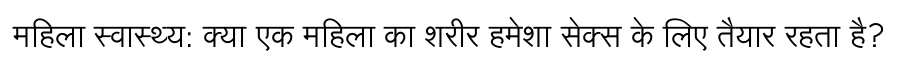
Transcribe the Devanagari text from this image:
महिला स्वास्थ्य: क्या एक महिला का शरीर हमेशा सेक्स के लिए तैयार रहता है?